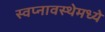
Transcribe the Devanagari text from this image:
स्वप्नावस्थेमध्ये